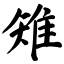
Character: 雉